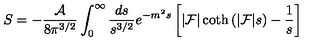
S = - { \frac { \cal A } { 8 \pi ^ { 3 / 2 } } } \int _ { 0 } ^ { \infty } { \frac { d s } { s ^ { 3 / 2 } } } e ^ { - m ^ { 2 } s } \left[ | { \cal F } | \coth \left( | { \cal F } | s \right) - { \frac { 1 } { s } } \right]